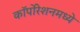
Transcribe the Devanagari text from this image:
कॉर्पोरेशनमध्ये